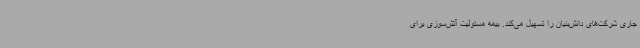
جاری شرکت‌های دانش‌بنیان را تسهیل می‌کند. بیمه مسئولیت آتش‌سوزی برای